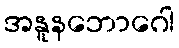
အနူနဘောဂေါ